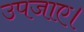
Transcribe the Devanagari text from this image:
उपजाए।